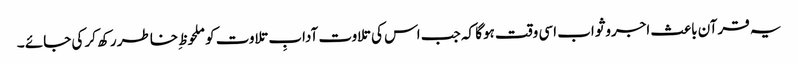
یہ قرآن باعث اجروثواب اسی وقت ہوگا کہ جب اس کی تلاوت آدابِ تلاوت کو ملحوظ ِخاطر رکھ کر کی جائے ۔